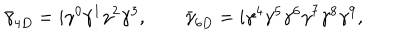
LaTeX: \bar { \gamma } _ { 4 D } = i \gamma ^ { 0 } \gamma ^ { 1 } \gamma ^ { 2 } \gamma ^ { 3 } , \qquad \bar { \gamma } _ { 6 D } = i \gamma ^ { 4 } \gamma ^ { 5 } \gamma ^ { 6 } \gamma ^ { 7 } \gamma ^ { 8 } \gamma ^ { 9 } ,